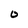
Character: O